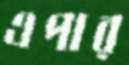
এপার